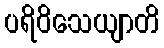
ပရိဝိသေယျာတိ